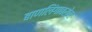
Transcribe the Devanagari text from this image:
बाणलिंगाबरोबर